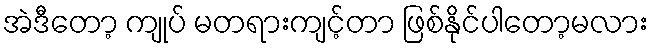
အဲဒီတော့ ကျုပ် မတရားကျင့်တာ ဖြစ်နိုင်ပါတော့မလား